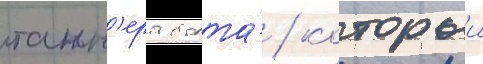
танн'ера болта́ / которыи